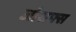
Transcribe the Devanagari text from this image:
जोसफ्स